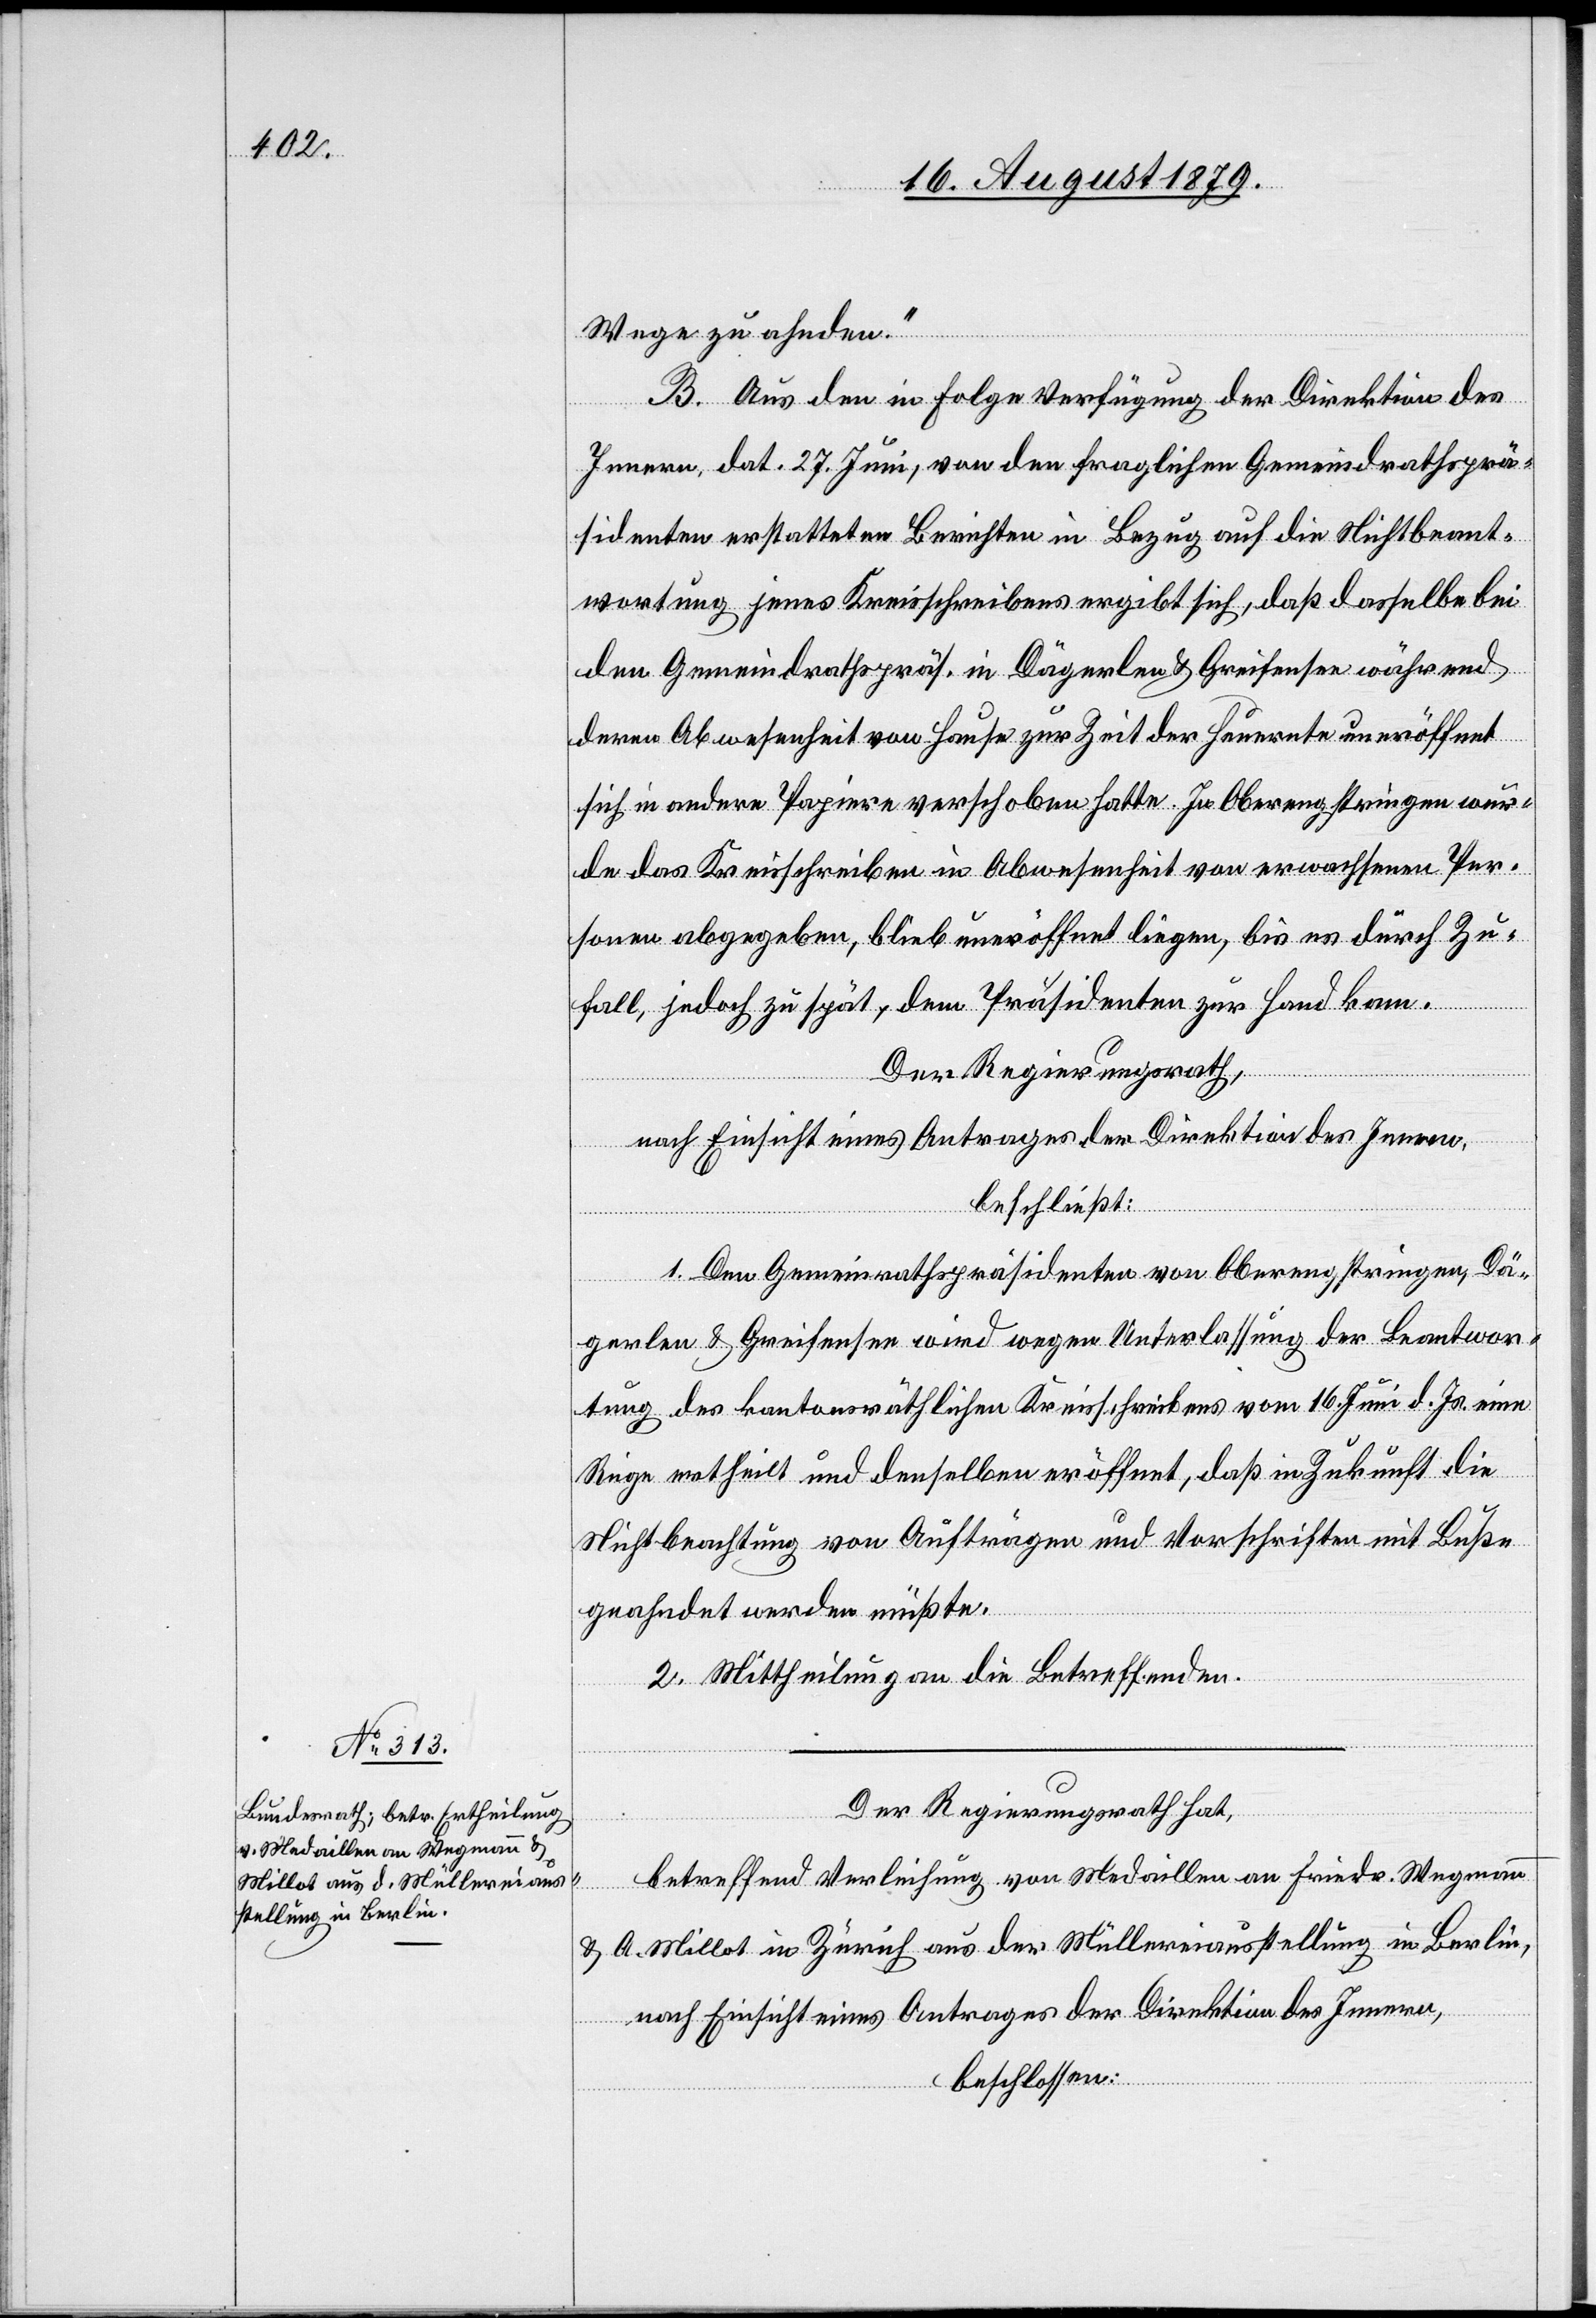
Wege zu ahnden.“
B. Aus den in Folge Verfügung der Direktion des
Innern, dat. 27. Juni, von den fraglichen Gemeindrathsprä¬
sidenten erstatteten Berichten in Bezug auf die Nichtbeant¬
wortung jenes Kreisschreibens ergibt sich, daß dasselbe bei
den Gemeindrathspräs. in Dägerlen & Greifensee während
deren Abwesenheit vom Hause zur Zeit der Heuernte uneröffnet
sich in andere Papiere verschoben hatte. In Oberengstringen wur¬
de das Kreisschreiben in Abwesenheit von erwachsenen Per¬
sonen abgegeben, blieb uneröffnet liegen, bis es durch Zu¬
fall, jedoch zu spät, dem Präsidenten zur Hand kam.
Der Regierungsrath,
nach Einsicht eines Antrages der Direktion des Innern,
beschließt:
1. Dem Gemeindrathspräsidenten von Oberengstringen, Dä¬
gerlen & Greifensee wird wegen Unterlassung der Beantwor¬
tung des kantonsräthlichen Kreisschreibens vom 16. Juni d. Js. eine
Rüge ertheilt und denselben eröffnet, daß in Zukunft die
Nichtbeachtung von Aufträgen und Vorschriften mit Buße
geahndet werden müßte.
2. Mittheilung an die Betreffenden.
Der Regierungsrath hat,
betreffend Verleihung von Medaillen an Friedr. Wegmann
& A. Millot in Zürich aus der Müllereiausstellung in Berli¬
n,
nach Einsicht eines Antrages der Direktion des Innern,
beschlossen: